Report on the Calcutta epizootic or cattle disease of 1864 in Calcutta and its neighbourhood
Year: 1864
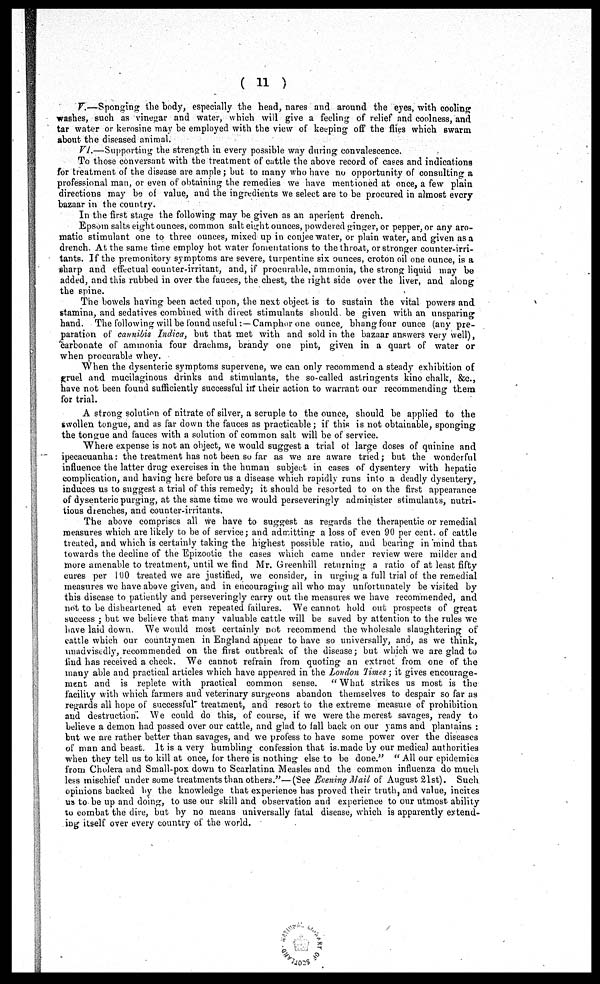
( 11 )
V.—Sponging the body, especially the head, nares and around the eyes, with cooling
washes, such as vinegar and water, which will give a feeling of relief and coolness, and
tar water or kerosine may be employed with the view of keeping off the flies which swarm
about the diseased animal.
VI.—Supporting the strength in every possible way during convalescence.
To those conversant with the treatment of cattle the above record of cases and indications
for treatment of the disease are ample; but to many who have no opportunity of consulting a
professional man, or even of obtaining the remedies we have mentioned at once, a few plain
directions may be of value, and the ingredients we select are to be procured in almost every
bazaar in the country.
In the first stage the following may he given as an aperient drench.
Epsom salts eight ounces, common salt eight ounces, powdered ginger, or pepper, or any aro-
matic stimulant one to three ounces, mixed up in conjee water, or plain water, and given as a
drench. At the same time employ hot water fomentations to the throat, or stronger counter-irri-
tants. If the premonitory symptoms are severe, turpentine six ounces, croton oil one ounce, is a
sharp and effectual counter-irritant, and, if procurable, ammonia, the strong liquid may be
added, and this rubbed in over the fauces, the chest, the right side over the liver, and along
the spine.
The bowels having been acted upon, the next object is to sustain the vital powers and
stamina, and sedatives combined with direct stimulants should be given with an unsparing
hand. The following will be found useful:—Camphor one ounce bhang four ounce (any pre-
paration of cannibis Indica, but that met with and sold in the bazaar answers very well),
carbonate of ammonia four drachms, brandy one pint, given in a quart of water or
when procurable whey.
When the dysenteric symptoms supervene, we can only recommend a steady exhibition of
gruel and mucilaginous drinks and stimulants, the so-called astringents kino chalk, &c.,
have not been found sufficiently successful in their action to warrant our recommending them
for trial.
A strong solution of nitrate of silver, a scruple to the ounce, should be applied to the
swollen tongue, and as far down the fauces as practicable; if this is not obtainable, sponging
the tongue and fauces with a solution of common salt will be of service.
Where expense is not an object, we would suggest a trial of large doses of quinine and
ipecacuanha: the treatment has not been so far as we are aware tried; but the wonderful
influence the latter drug exercises in the human subject in cases of dysentery with hepatic
complication, and having here before us a disease which rapidly runs into a deadly dysentery,
induces us to suggest a trial of this remedy; it should be resorted to on the first appearance
of dysenteric purging, at the same time we would perseveringly administer stimulants, nutri-
tious drenches, and counter-irritants.
The above comprises all we have to suggest as regards the therapeutic or remedial
measures which are likely to be of service; and admitting a loss of even 90 per cent. of cattle
treated, and which is certainly taking the highest possible ratio, and bearing in mind that
towards the decline of the Epizootic the cases which came under review were milder and
more amenable to treatment, until we find Mr. Greenhill returning a ratio of at least fifty
cures per 11)0 treated we are justified, we consider, in urging a full trial of the remedial
measures we have above given, and in encouraging all who may unfortunately be visited by
this disease to patiently and perseveringly carry out the measures we have recommended, and
not to be disheartened at even repeated failures. We cannot hold out prospects of great
success ; but we believe that many valuable cattle will be saved by attention to the rules we
have laid down We would most certainly not recommend the wholesale slaughtering of
cattle which our countrymen in England appear to have so universally, and, as we think,
unadvisedly, recommended on the first outbreak of the disease; but which we are glad to
find has received a check. We cannot refrain from quoting an extract from one of the
many able and practical articles which have appeared in the London Times ; it gives encourage-
ment and is replete with practical common sense. " What strikes us most is the
facility with which farmers and veterinary surgeons abandon themselves to despair so far as
regards all hope of successful" treatment, and resort to the extreme measure of prohibition
and destruction. We could do this, of course, if we were the merest savages, ready to
believe a demon had passed over our cattle, and glad to fall back on our yams and plantains :
but we are rather better than savages, and we profess to have some power over the diseases
of man and beast. It is a very humbling confession that is made by our medical authorities
when they tell us to kill at once, for there is nothing else to be done." " All our epidemics
from Cholera and Small-pox down to Scarlatina Measles and the common influenza do much
less mischief under some treatments than others."—(See Evening Mail of August 21st). Such
opinions backed by the knowledge that experience has proved their truth, and value, incites
us to-be up and doing, to use our skill and observation and experience to our utmost ability
to combat the dire, but by no means universally fatal disease, which is apparently extend-
ing itself over every country of the world.